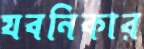
যবনিকার